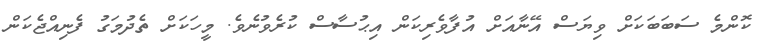
ކޮންމެ ސަބަބަކަށް ވިޔަސް އޭނާއަށް އުފާވެރިކަން އިޙުސާސް ކުރެވުނެވެ. މީހަކަށް ތެދުމަގު ފެނިއްޖެކަން